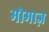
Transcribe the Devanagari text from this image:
मोमाज़